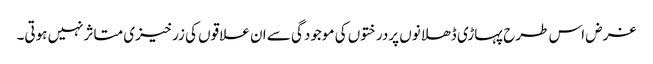
غرض اس طرح پہاڑی ڈھلانوں پردرختوں کی موجودگی سے ان علاقوں کی زرخیزی متاثرنہیں ہوتی۔